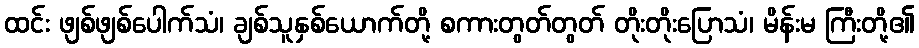
ထင်း ဖျစ်ဖျစ်ပေါက်သံ၊ ချစ်သူနှစ်ယောက်တို့ စကားတွတ်တွတ် တိုးတိုးပြောသံ၊ မိန်းမ ကြီးတို့၏